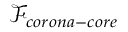
\mathcal { F } _ { c o r o n a - c o r e }